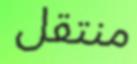
منتقل